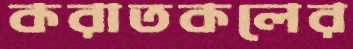
করাতকলের